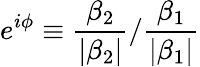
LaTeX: e^{i\phi}\equiv\frac{\beta_{2}}{|\beta_{2}|}/\frac{\beta_{1}}{|\beta_{1}|}